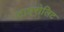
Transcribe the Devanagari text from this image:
टाएरोलिट